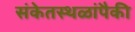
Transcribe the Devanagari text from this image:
संकेतस्थळांपैकी